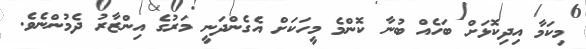
މިކަމާ އިދިކޮޅަށް ބަހެއް ބުނާ ކޮންމެ މީހަކަށް އެގެންދަނީ މަރުގެ އިންޒާރު ދެމުންނެވެ.